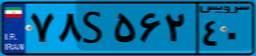
۶۵S۵۳۴۱۴